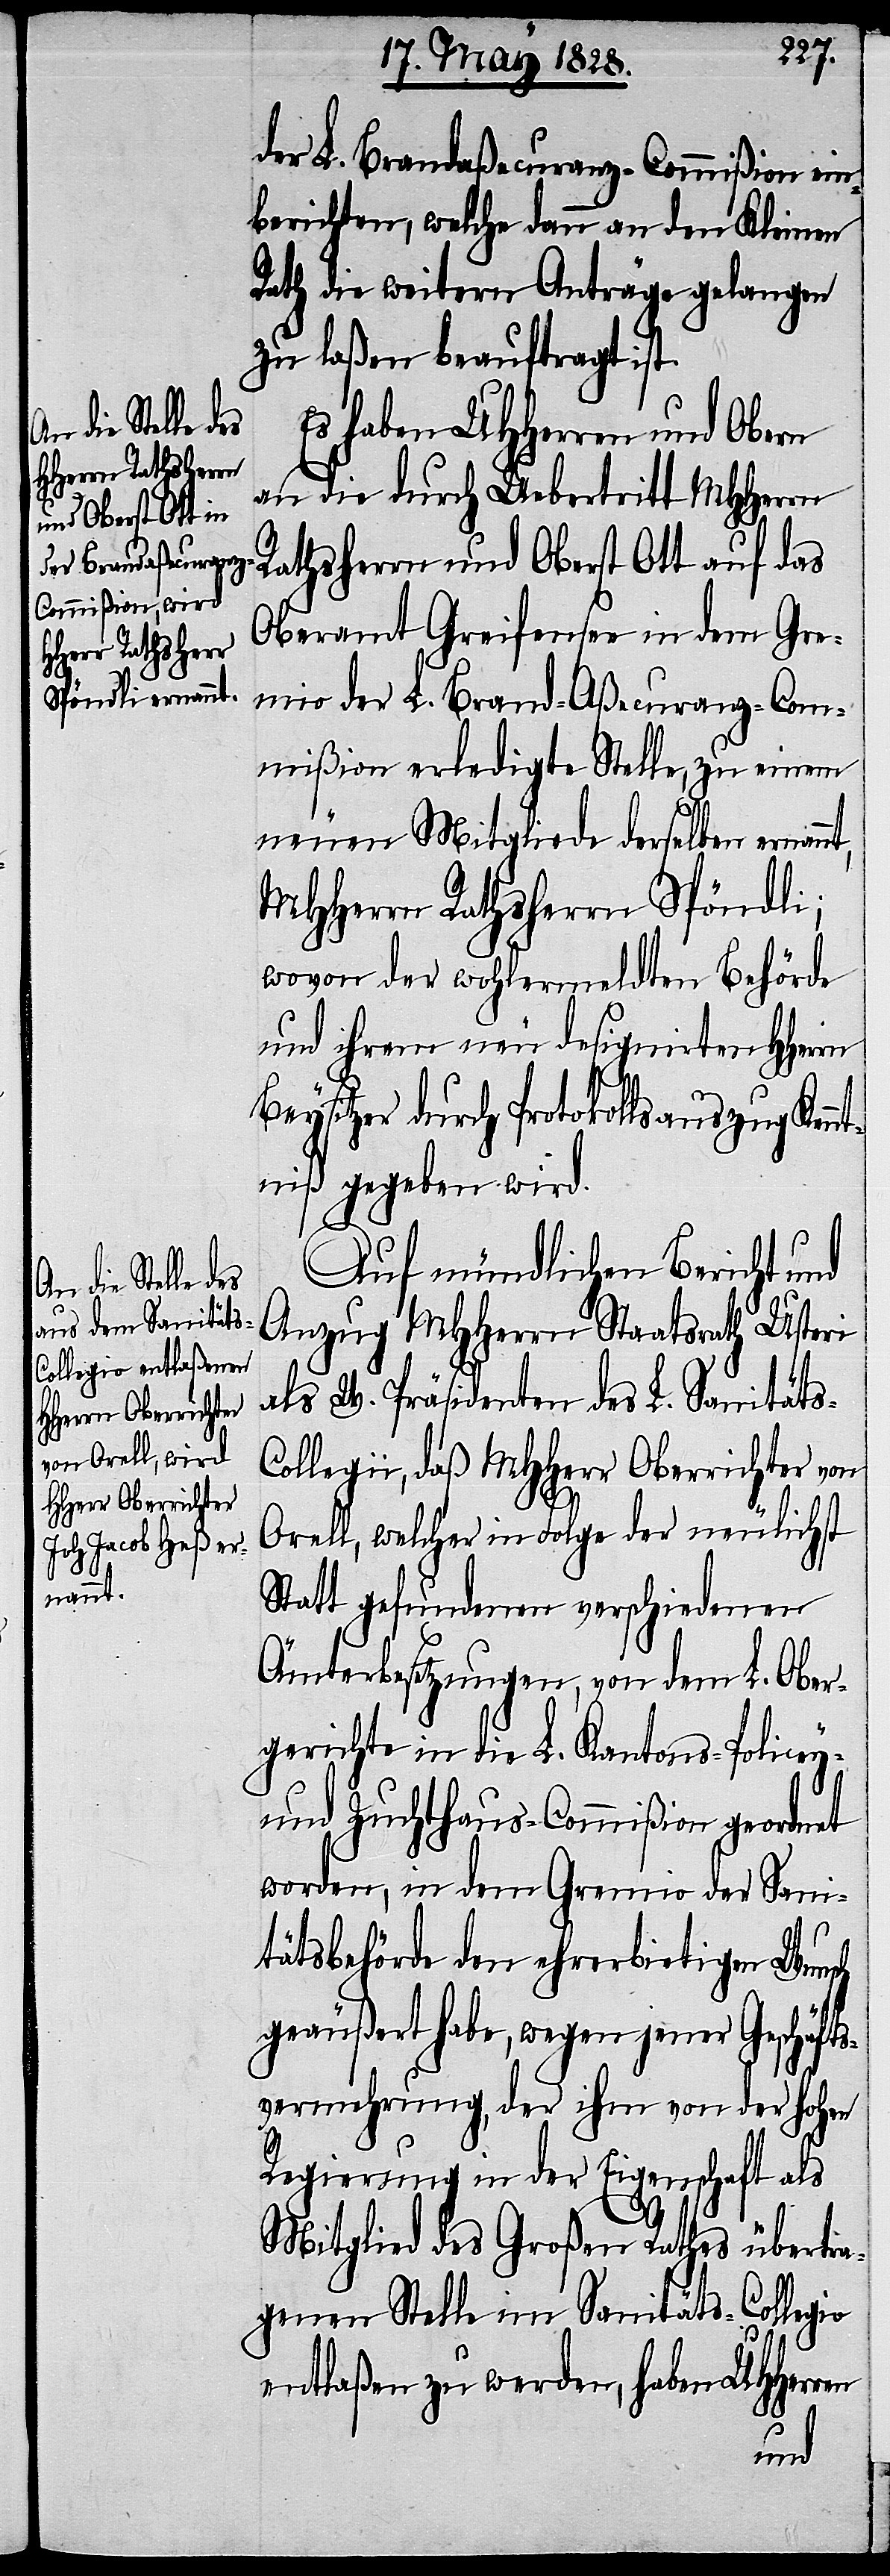
B¬

der L. Brandaßecuranz-Commißion ein¬
berichten, welche dann an den Kleinen
Rath die weitern Anträge gelangen
zu laßen beauftragt ist.
Es haben UHHerren und Obern
an die durch Uebertritt MHHerrn
Rathsherrn und Oberst Ott auf das
Oberamt Greifensee in dem Gre¬
mio der L. Brand-Aßecuranz-Com¬
mißion erledigte Stelle, zu einem
neuen Mitgliede derselben ernannt,
MHHerrn Rathsherrn Spöndli;
wovon der wohlermeldten Behörde
und ihrem neu designirten HHerrn
eysitzer durch Protokollsauszug Ken¬
ntniß gegeben wird.
Auf mündlichen Bericht und
Anzug MHHerrn Staatsrath Usteri
als W. Präsidenten des L. Sanitäts-C¬
ollegii, daß MHHerr Oberrichter von
Orell, welcher in Folge der neulichst
Statt gefunden verschiednen
Ämterbesetzungen, von dem L. Ober¬
gerichte in die L. Kantons-Policey-
und Zuchthaus-Commißion geordnet
worden, in dem Gremio der Sani¬
tätsbehörde den ehrerbietigen Wunsch
geäußert habe, wegen jener Geschäft¬
svermehrung, der ihm von der hohen
Regierung in der Eigenschaft als
Mitglied des Großen Rathes übertra¬
genen Stelle im Sanitäts-Collegio
entlaßen zu werden, haben UHHerr¬
en